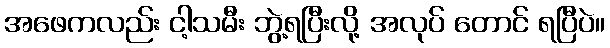
အဖေကလည်း ငါ့သမီး ဘွဲ့ရပြီးလို့ အလုပ် တောင် ရပြီပဲ။